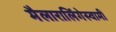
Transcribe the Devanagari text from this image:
मैलारालिंगेस्वामी